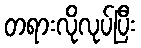
တရားလိုလုပ်ပြီး